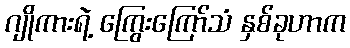
ဂျိုကားရဲ့ ကြွေးကြော်သံ နှစ်ခုဟာက